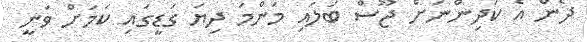
ދެން އެ ކުދިންނަށް ޖޫސް ބަލައި މަންމަ ދިޔަ ގަޑީގައި ކަމަށް ވަނީ